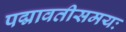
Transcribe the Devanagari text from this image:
पद्मावतीसमयः